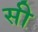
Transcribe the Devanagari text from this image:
सी